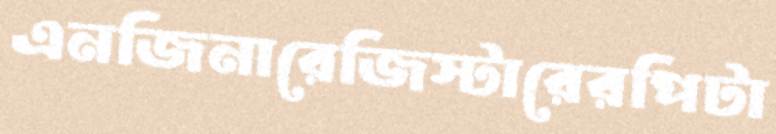
এনজিনারেজিস্টারেরপিটা